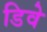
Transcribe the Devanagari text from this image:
डिवे